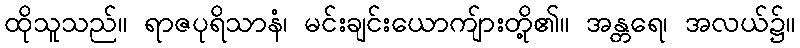
ထိုသူသည်။ ရာဇပုရိသာနံ၊ မင်းချင်းယောကျ်ားတို့၏။ အန္တရေ၊ အလယ်၌။